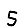
Digit: 5